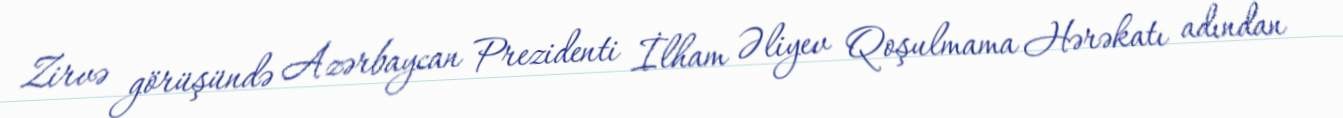
Zirvə görüşündə Azərbaycan Prezidenti İlham Əliyev Qoşulmama Hərəkatı adından